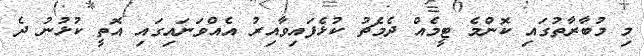
މި މުބާރާތުގައި ކޮންމެ ޓީމެއް ދެމެޗު ކުޅެފައިވާއިރު އެއްވަނައިގައި އޮތީ ކުޅުނު ދެ